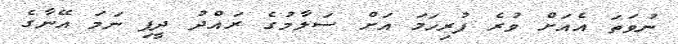
ނުވަތަ އެއަށް ވުރެ ފުރިހަމަ އަށް ސަލާމުގެ ރައްދު ދީފި ނަމަ އޭނާގެ